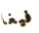
فيغا